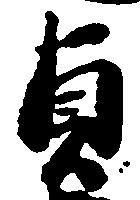
貞